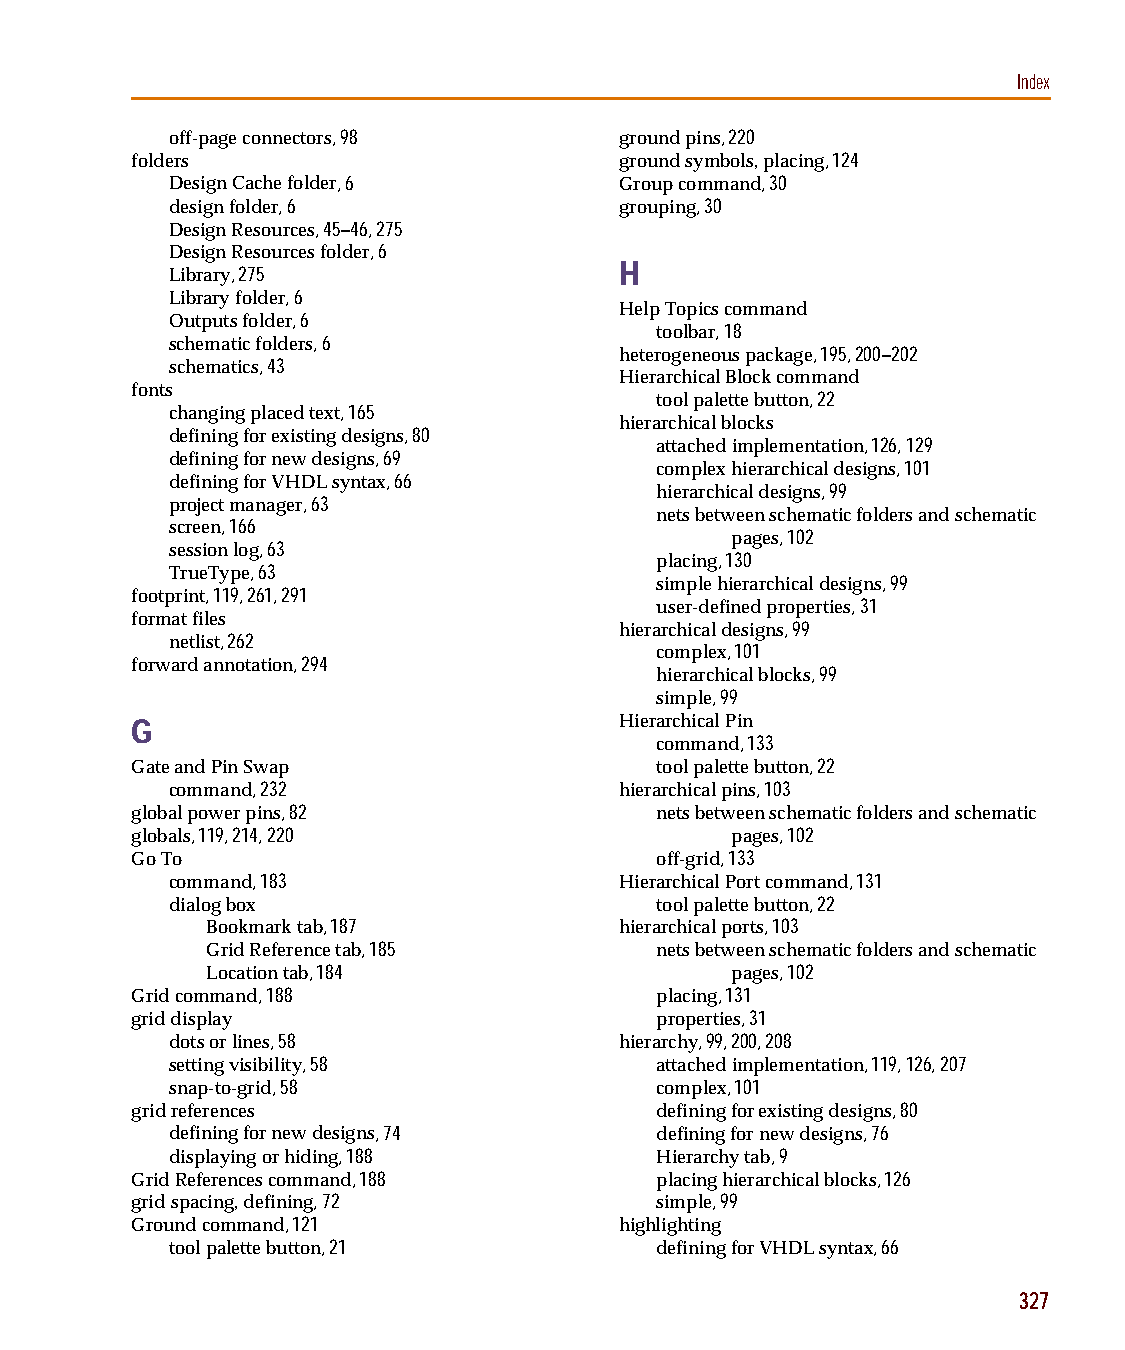
capug.book Page 327 Thursday, November 12, 1998 3:38 PM
 Index
 off-page connectors, 98       ground pins, 220
 folders                         ground symbols, placing, 124
 Design Cache folder, 6        Group command, 30
 design folder, 6              grouping, 30
 Design Resources, 45–46, 275
 Design Resources folder, 6
 H
 Library, 275
 Library folder, 6
 Help Topics command
 Outputs folder, 6
 toolbar, 18
 schematic folders, 6
 heterogeneous package, 195, 200–202
 schematics, 43
 Hierarchical Block command
 fonts
 tool palette button, 22
 changing placed text, 165
 hierarchical blocks
 defining for existing designs, 80
 attached implementation, 126, 129
 defining for new designs, 69
 complex hierarchical designs, 101
 defining for VHDL syntax, 66
 hierarchical designs, 99
 project manager, 63
 nets between schematic folders and schematic
 screen, 166
 pages, 102
 session log, 63
 placing, 130
 TrueType, 63
 simple hierarchical designs, 99
 footprint, 119, 261, 291
 user-defined properties, 31
 format files
 hierarchical designs, 99
 netlist, 262
 complex, 101
 forward annotation, 294
 hierarchical blocks, 99
 simple, 99
 G                               Hierarchical Pin
 command, 133
 Gate and Pin Swap                 tool palette button, 22
 command, 232                  hierarchical pins, 103
 global power pins, 82             nets between schematic folders and schematic
 globals, 119, 214, 220                 pages, 102
 Go To                             off-grid, 133
 command, 183                  Hierarchical Port command, 131
 dialog box                      tool palette button, 22
 Bookmark tab, 187          hierarchical ports, 103
 Grid Reference tab, 185      nets between schematic folders and schematic
 Location tab, 184                 pages, 102
 Grid command, 188                 placing, 131
 grid display                      properties, 31
 dots or lines, 58             hierarchy, 99, 200, 208
 setting visibility, 58          attached implementation, 119, 126, 207
 snap-to-grid, 58                complex, 101
 grid references                   defining for existing designs, 80
 defining for new designs, 74    defining for new designs, 76
 displaying or hiding, 188       Hierarchy tab, 9
 Grid References command, 188      placing hierarchical blocks, 126
 grid spacing, defining, 72        simple, 99
 Ground command, 121             highlighting
 tool palette button, 21         defining for VHDL syntax, 66
 327